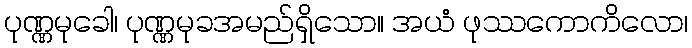
ပုဏ္ဏမုခေါ၊ ပုဏ္ဏမုခအမည်ရှိသော။ အယံ ဖုဿကောကိလော၊